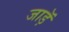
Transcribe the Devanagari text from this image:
जाड़ॅ